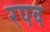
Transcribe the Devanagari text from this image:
रपव